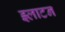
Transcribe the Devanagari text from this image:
झ्लाटन